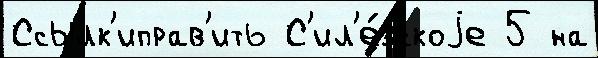
Ссылк'иправ'ить С'ил'е́зскоjе 5 на